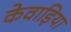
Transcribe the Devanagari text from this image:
केवाड़िया